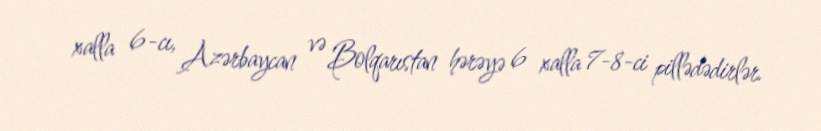
xalla 6-cı, Azərbaycan və Bolqarıstan hərəyə 6 xalla 7-8-ci pillədədirlər.